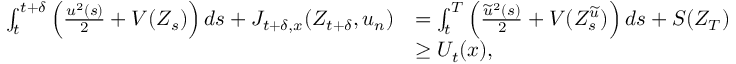
\begin{array} { r l } { \int _ { t } ^ { t + \delta } \left( \frac { u ^ { 2 } ( s ) } { 2 } + V ( Z _ { s } ) \right) d s + J _ { t + \delta , x } ( Z _ { t + \delta } , u _ { n } ) } & { = \int _ { t } ^ { T } \left( \frac { \widetilde { u } ^ { 2 } ( s ) } { 2 } + V ( Z _ { s } ^ { \widetilde u } ) \right) d s + S ( Z _ { T } ) } \\ & { \geq { U } _ { t } ( x ) , } \end{array}